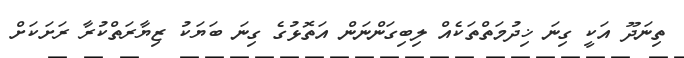
ތިނަދޫ އަކީ ގިނަ ޚިދުމަތްތަކެއް ލިބިގަންނަން އަތޮޅުގެ ގިނަ ބަޔަކު ޒިޔާރަތްކުރާ ރަށަކަށް